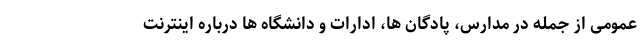
عمومی از جمله در مدارس، پادگان ها، ادارات و دانشگاه ها درباره اینترنت